Rangoon Lunatic Asylum 1898-1906 - 1898-1906
Year: 1898
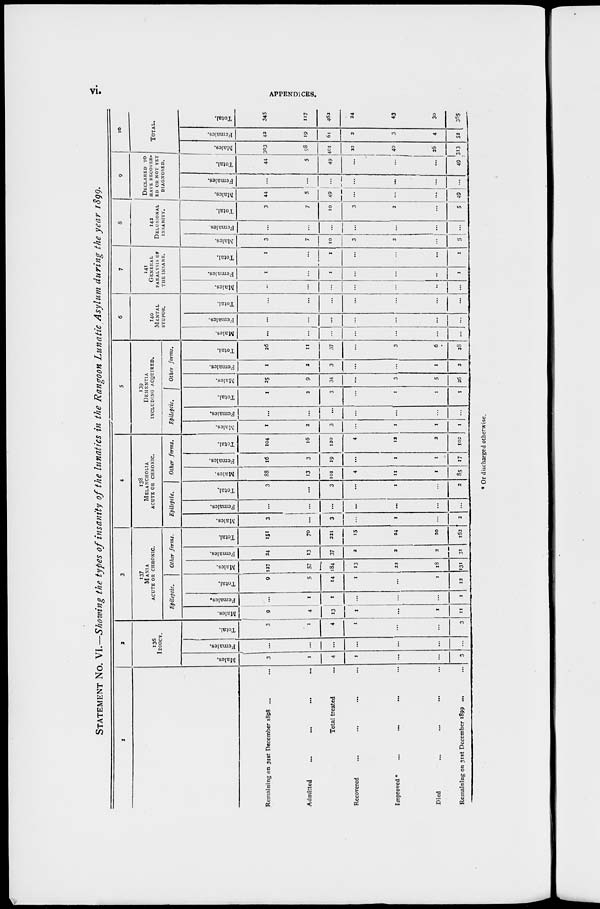
vi.
APPENDICES.
STATEMENT NO. VI.—Showing the types of insanity of the lunatics in the Rangoon Lunatic Asylum during the year 1800.
1
Remaining on 31st December 1898 ... ...
Admitted ... ... ... ...
Total treated ...
Recovered ... ... ... ...
Improved ... ... ... ...
Died ... ... ... ...
Remaining on 31st December 1899 ... ...
2
136
IDIOCY.
Males.
3
1
4
1
...
...
3
Females.
...
...
...
...
...
...
...
Total.
3
1
4
1
...
...
3
3
137
MANIA
ACUTE OR CHRONIC.
Epileptic.
Males.
9
4
13
1
...
1
11
Females.
...
1
1
...
...
...
1
Total.
9
5
14
1
...
1
12
Other forms.
Males.
127
57
184
13
22
18
131
Females.
24
13
37
2
2
2
31
Total.
151
70
221
15
24
20
162
4
138
MELANCHOLIA
ACUTE OR CHRONIC.
Epileptic.
Males.
3
...
3
...
1
...
2
Females.
...
...
...
...
...
...
...
Total.
3
...
3
...
1
...
2
Other forms.
Males.
88
13
101
4
11
1
85
Females.
16
3
19
...
1
1
17
Total.
104
16
120
4
12
2
102
5
139
DEMENTIA
INCLUDING ACQUIRED.
Epileptic.
Males.
1
2
3
...
1
1
1
Females.
...
...
...
...
...
...
...
Total.
1
2
3
...
1
1
1
Other forms.
Males.
25
9
34
...
3
5
26
Females.
1
2
3
...
...
1
2
Total.
26
11
37
...
3
6
28
6
140
MENTAL
STUPOR.
Males.
...
...
...
...
...
...
...
Females.
...
...
...
...
...
...
...
Total.
...
...
...
...
...
...
...
7
141
GENERAL
PARALYSIS or
THE INSANE.
Males.
...
...
...
...
...
...
...
Females.
1
...
1
...
...
...
1
Total.
1
...
1
...
...
...
1
8
142
DELUSIONAL
INSANITY.
Males.
3
7
10
3
2
...
5
Females.
...
...
...
...
...
...
...
Total.
3
7
10
3
2
...
5
9
DECLARED TO
HAVE RECOVER-
ED OR NOT YET
DIAGNOSED.
Males.
44
5
49
...
...
...
49
Females.
...
...
...
...
...
...
...
Total.
44
5
49
...
...
...
49
10
TOTAL.
Males.
303
98
401
22
40
26
313
Females.
42
19
61
2
3
4
52
Total.
345
117
462
24
43
30
365
* Or discharged otherwise.